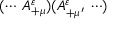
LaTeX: ( \cdots \: A _ { + \mu } ^ { \varepsilon } ) ( A _ { + \mu ^ { \prime } } ^ { \varepsilon } \: \cdots )